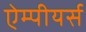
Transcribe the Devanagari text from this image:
ऐम्पीयर्स